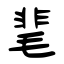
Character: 靟